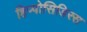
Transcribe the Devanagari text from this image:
हिप्पोसिडिरस